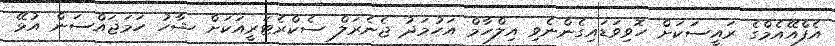
އެފްއޭއެމްގެ ރައީސަކަށް ހޮވިވަޑައިގެންނެވި އިލްހާމް އަހުމަދު ޖެނެރަލް ސެކްރެޓަރީއަކަށް ޝާހު ހަމަޖައްސަން އުޅޭ